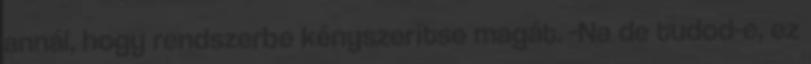
annál, hogy rendszerbe kényszerítse magát. -Na de tudod-e, ez